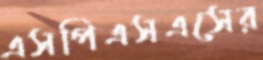
এসপিএসএসের